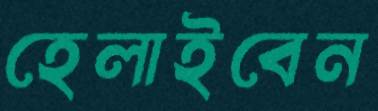
হেলাইবেন